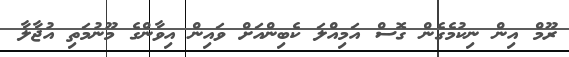
ރޫމް އިން ނިކުމެގެން ގޮސް އަމިއްލަ ކެބިންއަށް ވައިން އިވާންގެ މޫނުމަތި އުޖާލާ